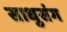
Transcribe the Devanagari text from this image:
साधुसंग